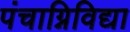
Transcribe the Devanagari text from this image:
पंचाग्निविद्या